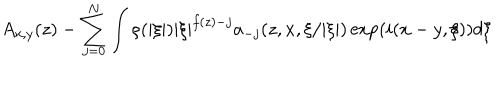
A _ { x , y } ( z ) - \sum _ { j = 0 } ^ { N } \int \rho ( | \xi | ) | \xi | ^ { f ( z ) - j } a _ { - j } ( z , x , \xi / | \xi | ) \exp ( i ( x - y , \xi ) ) d \xi